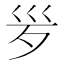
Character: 𣧄